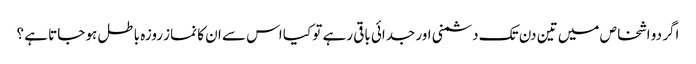
اگر دو اشخاص میں تین دن تک دشمنی اور جدائی باقی رہے تو کیا اس سے ان کا نماز روزہ باطل ہو جاتا ہے ؟